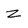
Character: Z